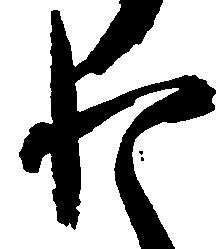
わ